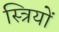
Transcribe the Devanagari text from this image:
स्त्रियों